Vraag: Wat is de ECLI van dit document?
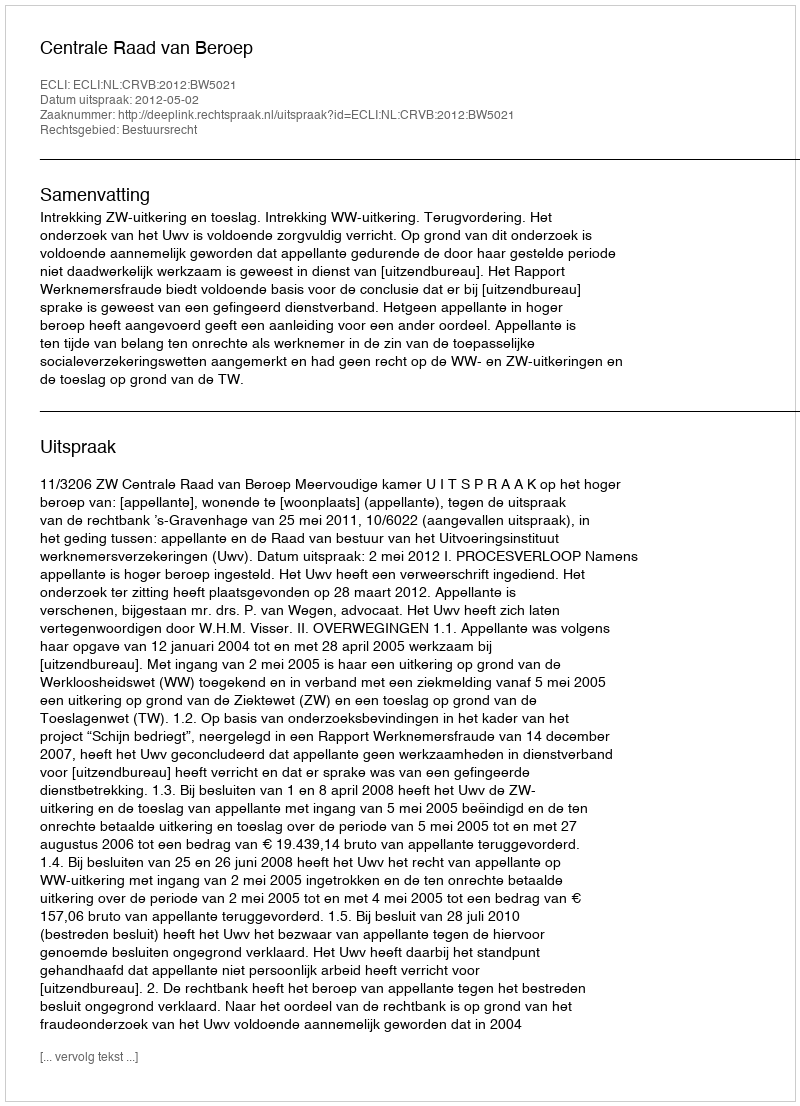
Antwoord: ECLI:NL:CRVB:2012:BW5021